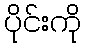
ပိုင်းကို